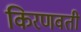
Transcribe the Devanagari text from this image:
किरणवती